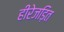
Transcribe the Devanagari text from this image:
हीरेजड़ित